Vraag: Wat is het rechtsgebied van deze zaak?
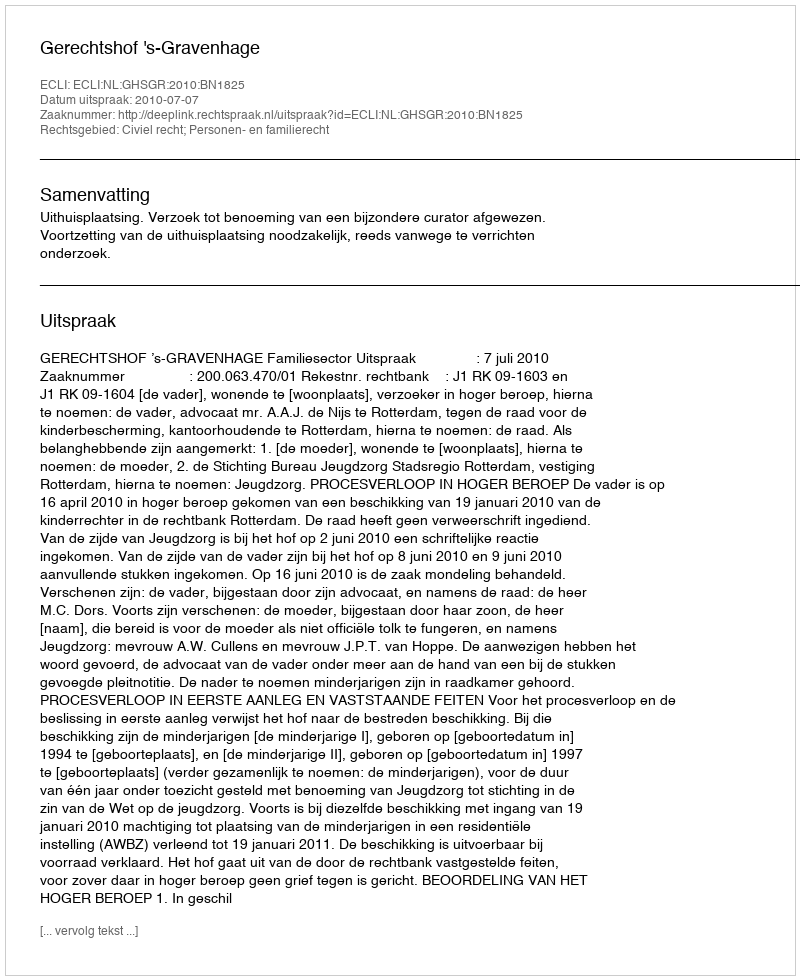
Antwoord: Civiel recht; Personen- en familierecht